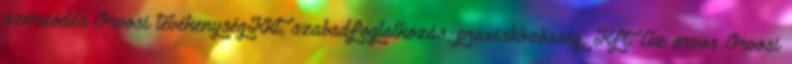
szerződés Orvosi tevékenységKkt, szabadfoglalkozás, praxisközösség, Kft. Az orvos Orvosi